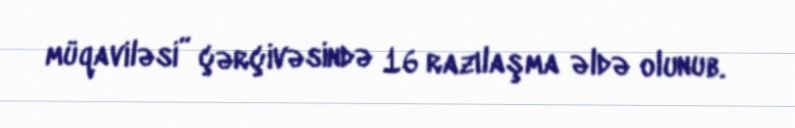
müqaviləsi” çərçivəsində 16 razılaşma əldə olunub.